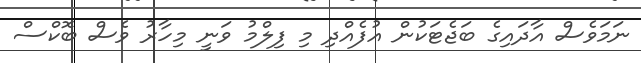
ނަމަވެސް އާދައިގެ ބަޖެޓަކުން އުފެއްދި މި ފިލްމު ވަނީ މިހާރު ވެސް ބޮކްސް